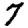
Digit: 7